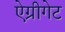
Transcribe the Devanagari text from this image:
ऐग्रीगेट